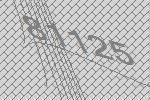
81125